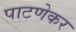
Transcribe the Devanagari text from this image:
पाटणेकर